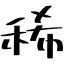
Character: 稀